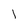
Character: l